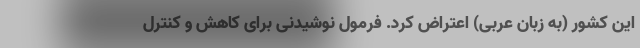
این کشور (به زبان عربی) اعتراض کرد. فرمول نوشیدنی برای کاهش و کنترل